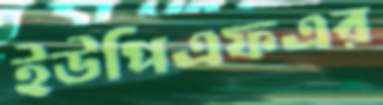
ইউপিএফএর